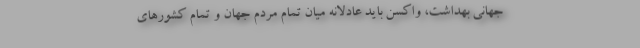
جهانی بهداشت، واکسن باید عادلانه میان تمام مردم جهان و تمام کشورهای